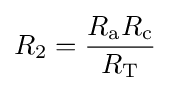
R_{2}={\frac {R_{\text{a}}R_{\text{c}}}{R_{\text{T}}}}